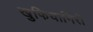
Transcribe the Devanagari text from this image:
खुफियागिरी